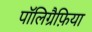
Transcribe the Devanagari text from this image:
पॉलिग्रैफ़िया